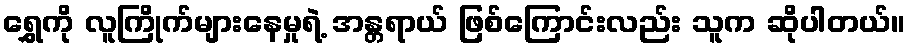
ရွှေကို လူကြိုက်များနေမှုရဲ့ အန္တရာယ် ဖြစ်ကြောင်းလည်း သူက ဆိုပါတယ်။